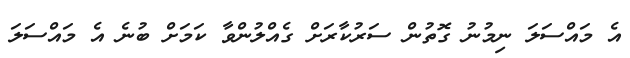
އެ މައްސަލަ ނިމުނު ގޮތުން ސަރުކާރަށް ގެއްލުންވާ ކަމަށް ބުނެ އެ މައްސަލަ